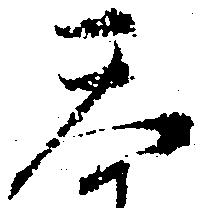
天